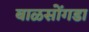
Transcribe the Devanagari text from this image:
बाळसोंगडा